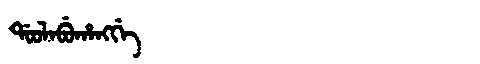
Manchu: ᡩᠣᠣᠯᠠᠪᡠᡥᠠᠩᡤᡝ
Romanization: DOOLABUHANGGE